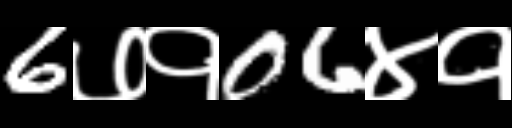
Text: 6७१06४१